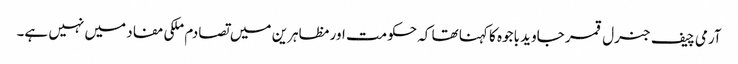
آرمی چیف جنرل قمر جاوید باجوہ کا کہنا تھا کہ حکومت اور مظاہرین میں تصادم ملکی مفاد میں نہیں ہے۔